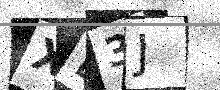
Text: XB3J